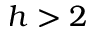
h > 2